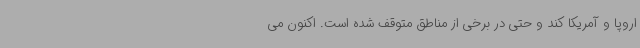
اروپا و آمریکا کند و حتی در برخی از مناطق متوقف شده است. اکنون می